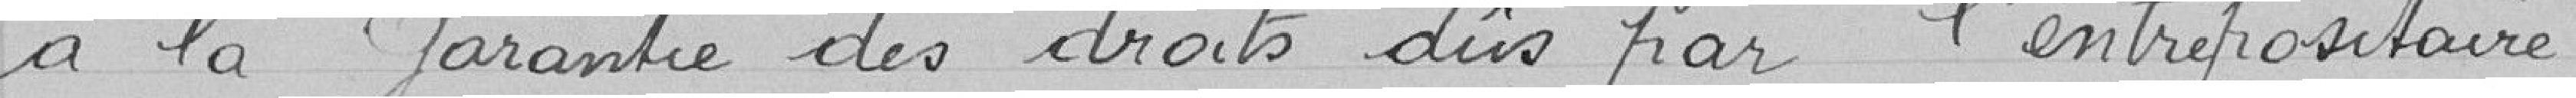
à la garantie des droits dûs par l'entrepositaire.